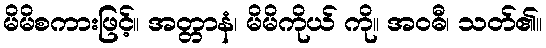
မိမိစကားဖြင့်။ အတ္တာနံ၊ မိမိကိုယ် ကို။ အဝဓီ၊ သတ်၏။